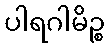
ပါရဂါမိဉ္စ